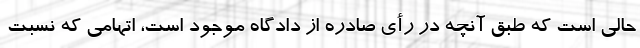
حالی است که طبق آنچه در رأی صادره از دادگاه موجود است، اتهامی که نسبت